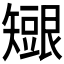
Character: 𥐇